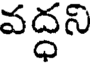
వద్ధని